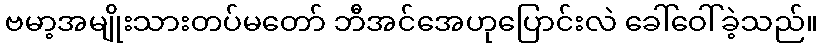
ဗမာ့အမျိုးသားတပ်မတော် ဘီအင်အေဟုပြောင်းလဲ ခေါ်ဝေါ်ခဲ့သည်။